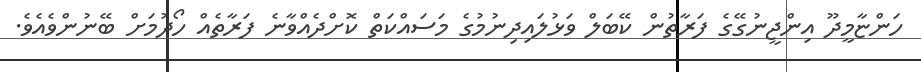
ހަންްޏާމީދޫ އިންޖީނުގޭގެ ފަރާތުން ކޭބަލް ވަޅުލައިދިނުމުގެ މަސައްކަތް ކޮށްދެއްވާނެ ފަރާތެއް ހޯދުމަށް ބޭނުންވެއެވެ.